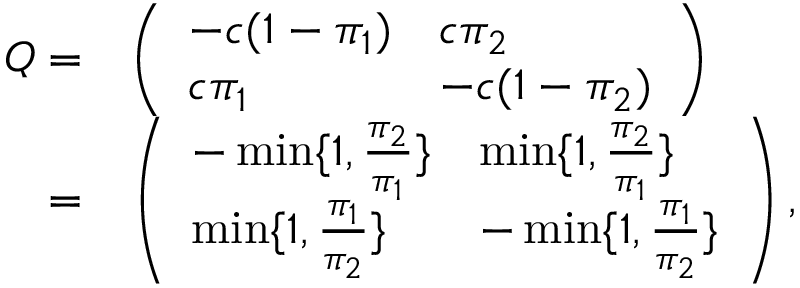
\begin{array} { r l } { Q = } & { \left( \begin{array} { l l } { - c ( 1 - \pi _ { 1 } ) } & { c \pi _ { 2 } } \\ { c \pi _ { 1 } } & { - c ( 1 - \pi _ { 2 } ) } \end{array} \right) } \\ { = } & { \left( \begin{array} { l l } { - \operatorname* { m i n } \{ 1 , \frac { \pi _ { 2 } } { \pi _ { 1 } } \} } & { \operatorname* { m i n } \{ 1 , \frac { \pi _ { 2 } } { \pi _ { 1 } } \} } \\ { \operatorname* { m i n } \{ 1 , \frac { \pi _ { 1 } } { \pi _ { 2 } } \} } & { - \operatorname* { m i n } \{ 1 , \frac { \pi _ { 1 } } { \pi _ { 2 } } \} } \end{array} \right) , } \end{array}